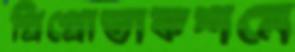
প্রিপ্রোডাকশনে